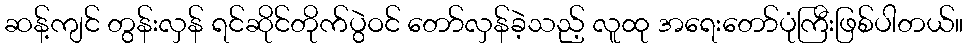
ဆန့်ကျင် တွန်းလှန် ရင်ဆိုင်တိုက်ပွဲဝင် တော်လှန်ခဲ့သည့် လူထု အရေးတော်ပုံကြီးဖြစ်ပါတယ်။